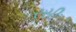
રસી